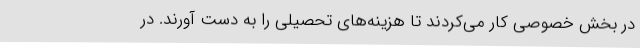
در بخش خصوصی کار می‌کردند تا هزینه‌های تحصیلی را به دست آورند. در